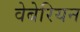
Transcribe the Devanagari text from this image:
वेबेरियन